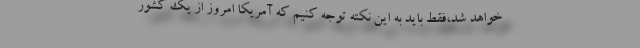
خواهد شد،فقط باید به این نکته توجه کنیم که آمریکا امروز از یک کشور